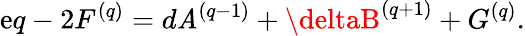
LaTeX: \mathrm{e}q-2F^{(q)}=d\mathit{A}^{(q-1)}+\deltaB^{(q+1)}+G^{(q)}.